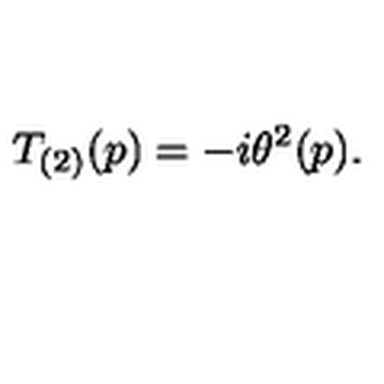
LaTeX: T _ { ( 2 ) } ( p ) = - i \theta ^ { 2 } ( p ) .